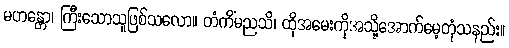
မဟန္တော၊ ကြီးသောသူဖြစ်သလော။ တံကိံမညသိ၊ ထိုအမေးကိုအသို့အောက်မေ့တုံသနည်း။